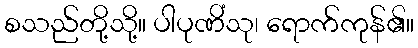
စသည်တို့သို့။ ပါပုဏိံသု၊ ရောက်ကုန်၏။